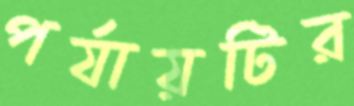
পর্যায়টির